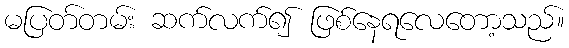
မပြတ်တမ်း ဆက်လက်၍ ဖြစ်နေရလေတော့သည်။